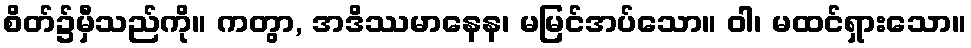
စိတ်၌မှီသည်ကို။ ကတွာ, အဒိဿမာနေန၊ မမြင်အပ်သော။ ဝါ၊ မထင်ရှားသော။